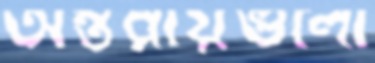
অন্তরায়গুলো